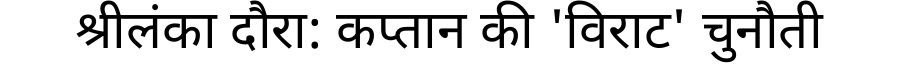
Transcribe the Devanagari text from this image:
श्रीलंका दौरा: कप्तान की 'विराट' चुनौती